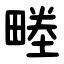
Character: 畻